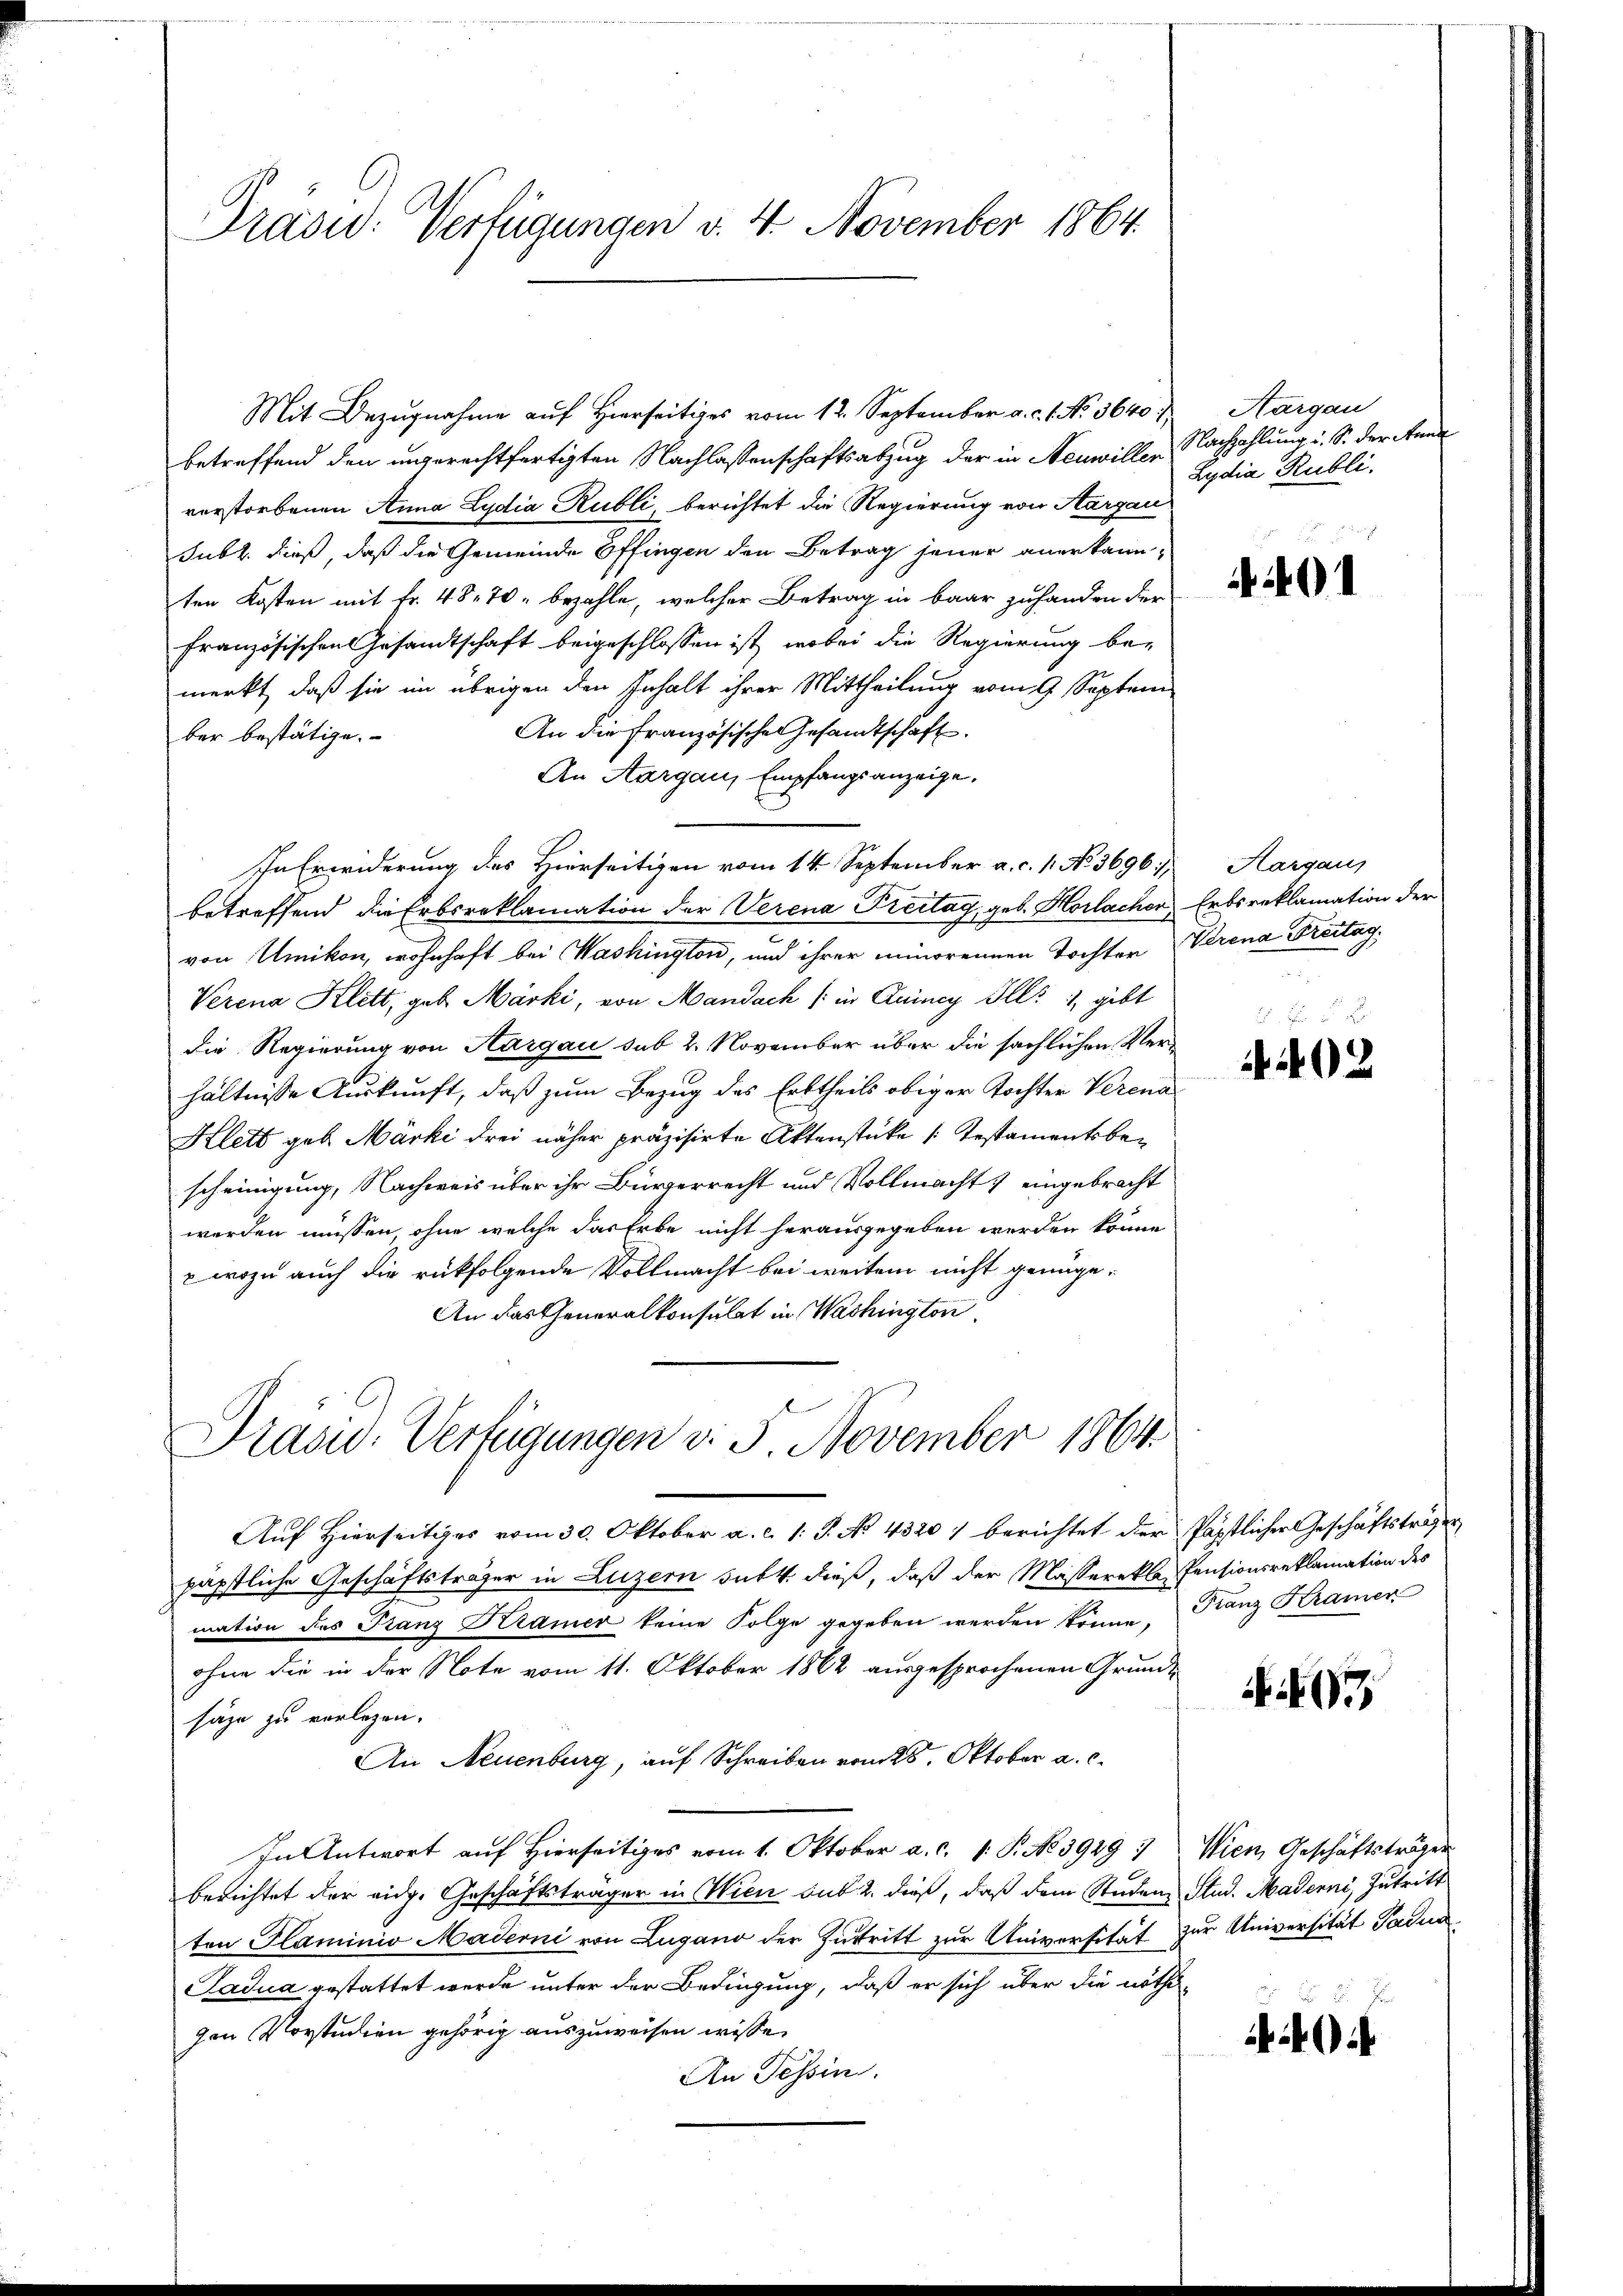
Präsid. Verfügungen v. 4. November 1864

Mit Bezugnahme auf Hierseitiges vom 12. September a. c. 1. No. 3640 Aargau
betreffend den ungerechtfertigten Nachlassenschaftsabzug der in Neuwiller Nachzahlung u. S. der Anna
verstorbenen Anna Lydia Rubli, berichtet die Regierung von Aargau
Subl. dieß, daß die Gemeinde Effingen den Betrag jener anerkannten Kosten mit Fr. 48. 70 bezahle, welcher Betrag in baar zu handen der
französischen Gesandtschaft beigeschlossen ist, wobei die Regierung be-
merkt, daß sie im übrigen den Inhalt ihrer Mittheilung vom 9. Septem
An die französischen Gesandtschaft.
ber bestätige.
An Aargau, Empfangsanzeige.
In Erwiderung des Hierseitigen vom 14. September a. c. 1. No 3696. Aargaus
betreffend die Erbsreklamation der Verena Treitag, geb. Horlachen Erbsreklamation der
I
von Unikon, wohnhaft bei Washington, und ihrer minorennen Tochter Verena Breitag,
Verena Klett, geb. Märki, von Mandach (in Quiney Ill. 1, gibt
die Regierung von Aargau sub 2. November über die sächlichen Verhältnisse Auskunft, daß zum Bezug des Erbtheils obiger Tochter Verena¬
Klett geb. Märki drei näher präzisirte Aktenstüke (Testamentsber
scheinigung, Nachweis über ihr Bürgerrecht und Vollmacht eingebracht
werden müssen, ohne welche das Erbe nicht herausgegeben werden könne,
 wozu auch die rückfolgende Vollmacht bei weitem nicht genüge.
An das Generalkonsulat in Washington

Drasw. Verfügungen v. 5. November 1864.

Lydia Rubli

Auf Hierseitiges vom 30. Oktober a. c. 1: J. No. 4320) berichtet der Päpstlicher Geschäftsträger
päpstliche Geschäftsträger in Luzern subt. dieß, daß der Masserekla Pensionsreklamation des
mation des Franz Kramer keine Folge gegeben werden könne. Franz Kramer
ohne die in der Note vom 11. Oktober 1862 ausgesprochenen Grunde
säge zu verlegen.
An Neuenburg, auf Schreiben vom 28. Oktober a. c.
In Antwort auf Hierseitiges vom 1. Oktober a. c. 1. P. No 3949 : Wien, Geschäftsträgen
berichtet der eidg. Geschäftsträger in Wien sub 2. dieß, daß dem Studen Stud. Maderni, Zutritt
ten Flaminio Maderni von Lugano der Zutritt zur Universität zur Universität Padua
Sadua gestattet werde unter der Bedingung, daß er sich über die nöthigen Vorstudien gehörig auszuweisen wisse.
An Tessin.

5.
02

7

i